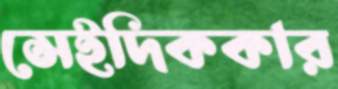
সেইদিককার